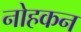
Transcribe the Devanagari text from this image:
नोहकन